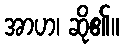
အာဟ၊ ဆို၏။